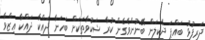
ދަރިފުޅު ބައްޕަ ދެކިލަން ބޭނުންވެގެން ކުރާ ޝަކުވާތަކަށް ބަހަނާ ދައްކާ ދައްކާ ޢިޒްވާ